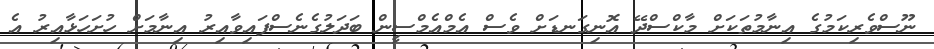
ނޫސްވެރިކަމުގެ އިނާމުތަކަށް މާކްސްދޭ އޮނިގަނޑަށް ވެސް އެމްއެމްސީން ބަދަލުގެނެސްފައިވާއިރު އިނާމަށް ހުށަހަޅާއިރު އެ